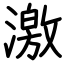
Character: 激